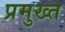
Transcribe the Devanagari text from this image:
प्रमुख्त